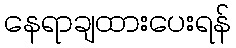
နေရာချထားပေးရန်